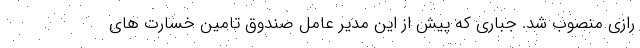
رازی منصوب شد. جباری که پیش از این مدیر عامل صندوق تامین خسارت های